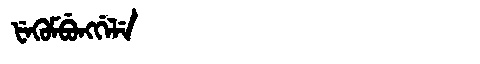
Manchu: ᡶᡝᡴᡠᠮᠪᡠᠩᡤᡝᠯᡝ
Romanization: FEKUMBUNGGELE